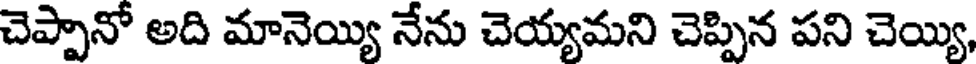
చెప్పానో అది మానెయ్యి నేను చెయ్యమని చెప్పిన పని చెయ్యి,